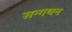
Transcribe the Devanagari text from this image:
सन्गथन